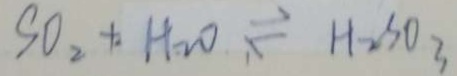
S O _ { 2 } + H _ { 2 } O \rightleftharpoons H _ { 2 } S O _ { 3 }